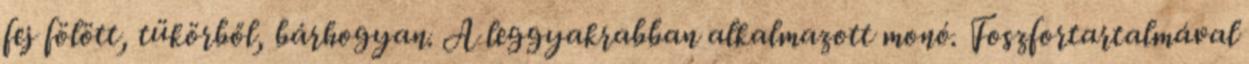
fej fölött, tükörből, bárhogyan. A leggyakrabban alkalmazott monó. Foszfortartalmával